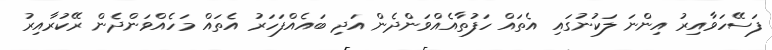
ފަސޭހަވާއިރު އިންނަ ލަކުނުގައި އެތައް ހަފުތާއެއްވަންދެން އަދި ބައެއްފަހަރު އެތައް މަހެއްވަންދެން ރޭކުރާއިރު